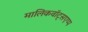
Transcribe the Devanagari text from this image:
मालिकवॉट्सएप्प